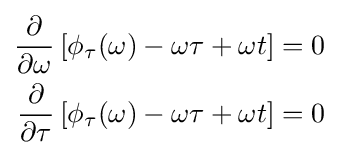
{\begin{aligned}{\frac {\partial }{\partial \omega }}\left[\phi _{\tau }(\omega )-\omega \tau +\omega t\right]&=0\\{\frac {\partial }{\partial \tau }}\left[\phi _{\tau }(\omega )-\omega \tau +\omega t\right]&=0\end{aligned}}